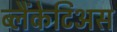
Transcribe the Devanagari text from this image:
ब्लैंकेटिअस